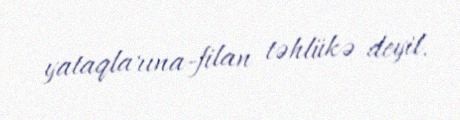
yataqlarına-filan təhlükə deyil.